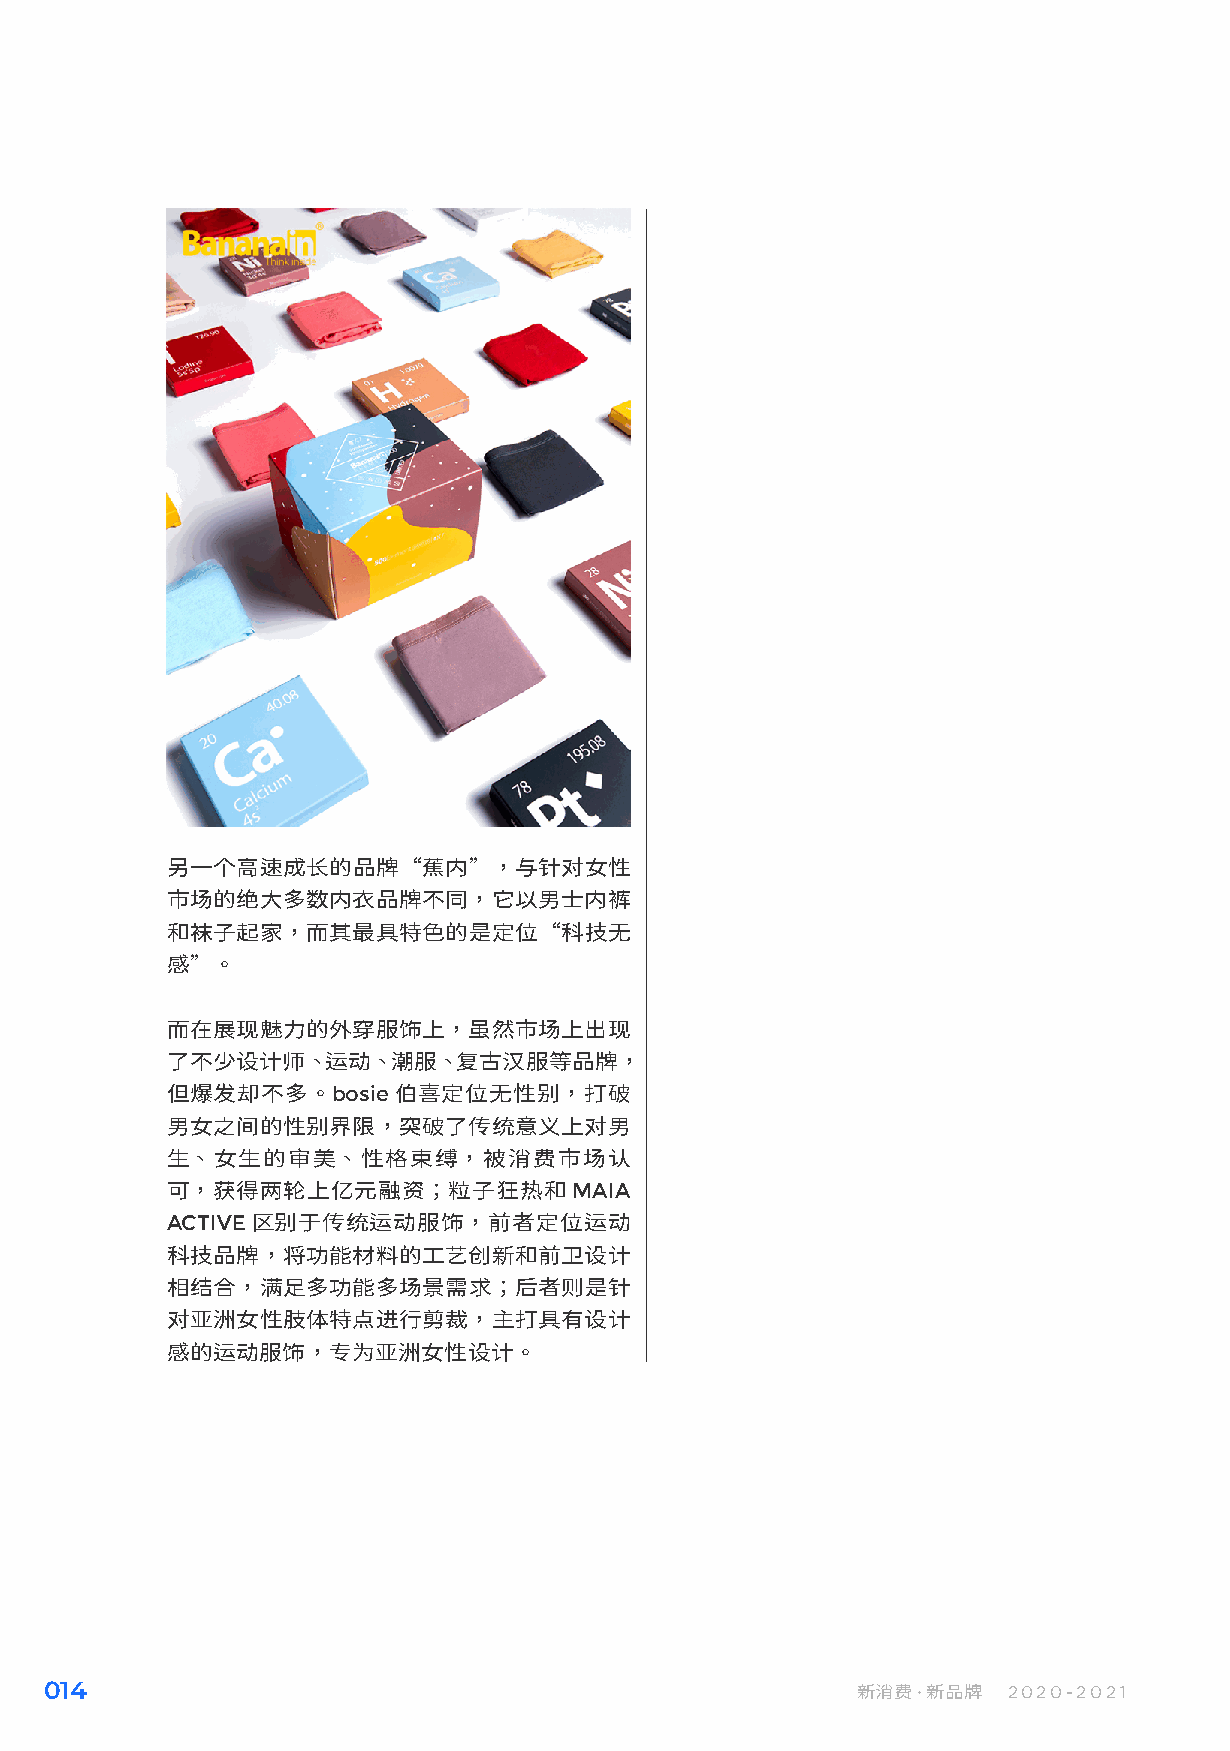
另一个高速成长的品牌“蕉内”，与针对女性
 市场的绝大多数内衣品牌不同，它以男士内裤
 和袜子起家，而其最具特色的是定位“科技无
 感”。
 而在展现魅力的外穿服饰上，虽然市场上出现
 了不少设计师、运动、潮服、复古汉服等品牌，
 但爆发却不多。bosie伯喜定位无性别，打破
 男女之间的性别界限，突破了传统意义上对男
 生、女生的审美、性格束缚，被消费市场认
 可，获得两轮上亿元融资；粒子狂热和MAIA
 ACTIVE区别于传统运动服饰，前者定位运动
 科技品牌，将功能材料的工艺创新和前卫设计
 相结合，满足多功能多场景需求；后者则是针
 对亚洲女性肢体特点进行剪裁，主打具有设计
 感的运动服饰，专为亚洲女性设计。
 014                                                   新消费·新品牌   2020-2021